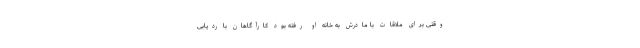
وقتی برای ملاقات با مادرش به خانه او رفته بود کارآگاهان با رد‌یابی